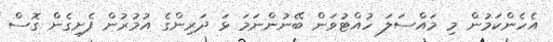
އެހެންކަމުން މި މައްސަލަ ހުއްޓުވަން ބޭނުންނަމަ ޅަ ދަރިންގެ އުމުރުން ފެށިގެން ގޮސް